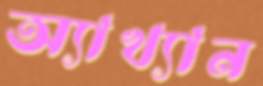
অ্যাখ্যান